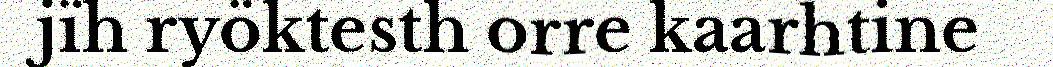
jïh ryöktesth orre kaarhtine